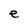
Character: e